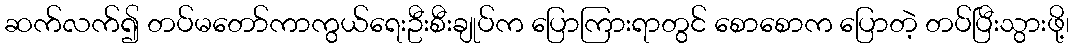
ဆက်လက်၍ တပ်မတော်ကာကွယ်ရေးဦးစီးချုပ်က ပြောကြားရာတွင် စောစောက ပြောတဲ့ တပ်ပြီးသွားဖို့၊